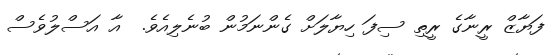
ފަޔާޒް ރީނާގެ ރީތި ސިފަ ހިޔާލަށް ގެންނަމުން ބުނެލިއެވެ.  އާ އަސްލުވެސް